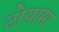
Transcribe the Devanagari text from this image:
टोयामा